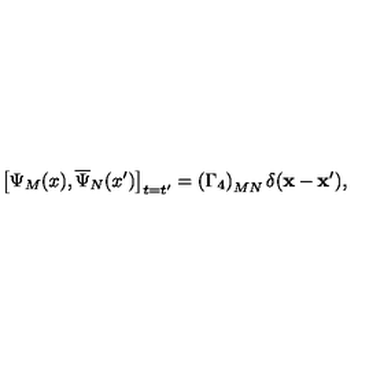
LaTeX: \left[ \Psi _ { M } ( x ) , \overline { { \Psi } } _ { N } ( x ^ { \prime } ) \right] _ { t = t ^ { \prime } } = \left( \Gamma _ { 4 } \right) _ { M N } \delta ( \mathbf { x } - \mathbf { x } ^ { \prime } ) ,